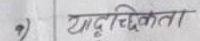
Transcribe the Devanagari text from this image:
यादृच्छिकता